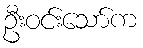
ဦးဝင်းသော်က